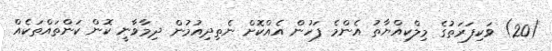
(20) ވަކިފަރަތުގެ މިލްކިއްޔާތު އެންމެ ފަހުން އެއްކޮށް ނެތިދިއުމުން ދިމާވާނީ ކޮން ކަންތައްތަކެއް